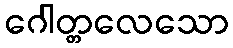
ဂေါတ္တလေသော